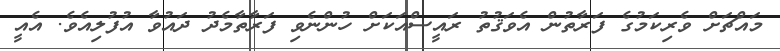
މައްޗަށް ވެރިކަމުގެ ފަރާތުން އެވަޤުތު ރައީސްއަކަށް ހުންނެވި ފަރާތާމެދު ދައުވާ އުފުލިއެވެ. އެއީ